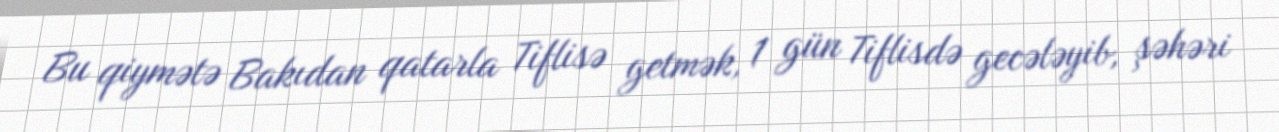
Bu qiymətə Bakıdan qatarla Tiflisə getmək, 1 gün Tiflisdə gecələyib, şəhəri